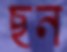
ছন